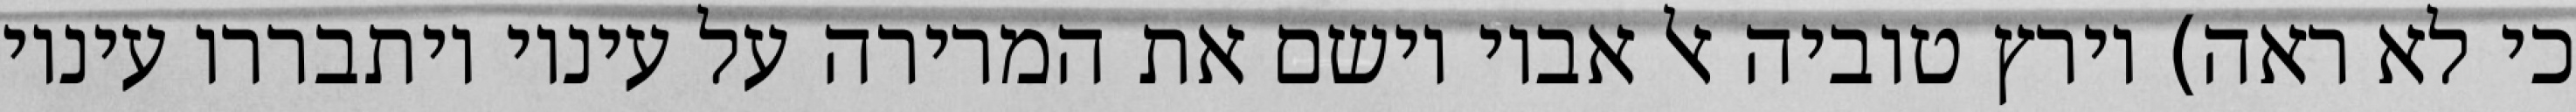
כי לא ראה) וירץ טוביה אל אביו וישם את המרירה על עיניו ויתבררו עיניו